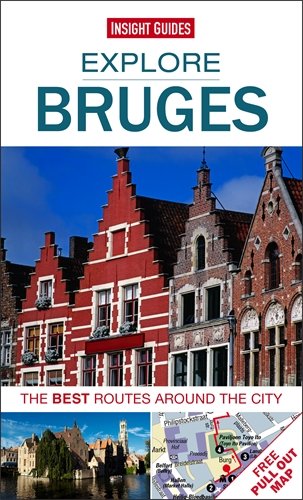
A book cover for Explore Bruges: The best routes around the city; Insight Guides; Travel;